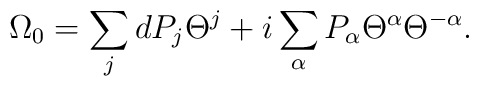
\Omega_{0}= \sum_{j}dP_{j}\Theta^{j}+i\sum_{\alpha}P_{\alpha}\Theta^{\alpha}\Theta^{-\alpha}.